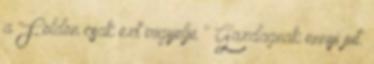
a Földön csak ezt irigyelje " Gazdagnak ennyi jut.